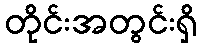
တိုင်းအတွင်းရှိ